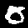
Digit: 0